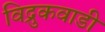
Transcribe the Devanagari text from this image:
विद्रुकवाडी